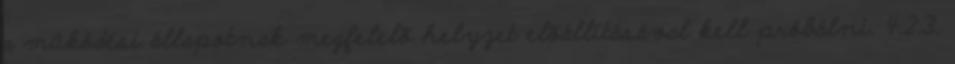
a mûködési állapotnak megfelelõ helyzet elõállításával kell próbálni. 4.2.3.